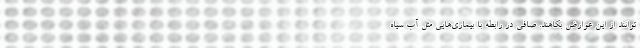
‌توانند از این عوارض بکاهند. صافی در رابطه با بیماری‌هایی مثل آب سیاه